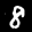
Label: 8